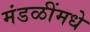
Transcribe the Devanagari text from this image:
मंडळींमधे